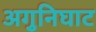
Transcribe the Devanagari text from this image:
अगुनिघाट